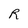
Character: R